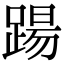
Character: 踼